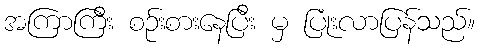
အကြာကြီး စဉ်းစားနေပြီး မှ ပြုံးလာပြန်သည်။